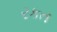
રકત